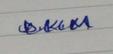
Signature authenticity: genuine